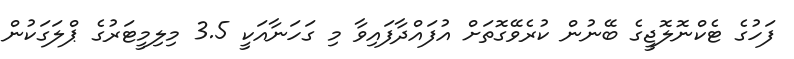
ފަހުގެ ޓެކްނޮލޮޖީގެ ބޭނުން ކުރެވޭގޮތަށް އުފައްދާފައިވާ މި ގަހަނާއަކީ 3.5 މިލިމީޓަރުގެ ޕްލަގަކުން